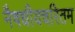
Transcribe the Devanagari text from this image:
नैषधीयचरितम